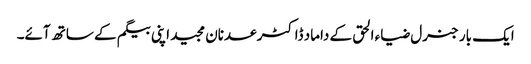
ایک بار جنرل ضیاء الحق کے داماد ڈاکٹر عدنان مجید اپنی بیگم کے ساتھ آئے۔